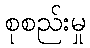
စုစည်းမှု